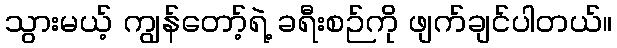
သွားမယ့် ကျွန်တော့်ရဲ့ ခရီးစဉ်ကို ဖျက်ချင်ပါတယ်။